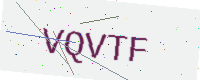
Text: VQVTF